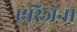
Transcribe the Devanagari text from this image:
एरिजेना